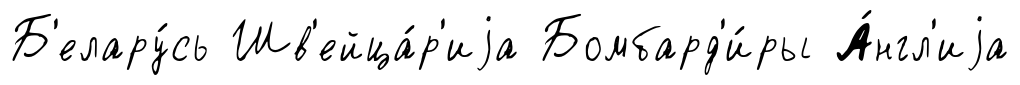
Б'елару́сь Шв'ейца́р'иjа Бомбард'и́ры А́нгл'иjа